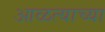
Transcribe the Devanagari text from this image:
आळत्याच्या